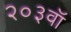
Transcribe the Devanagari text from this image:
२०३वॉ